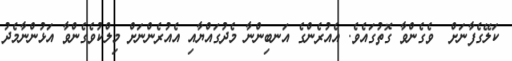
ކަލޭގެފާނަށް  ވެގެންވާ ގޮތުގައެވެ. އެއުރެންގެ އަނބިންނާ މެދުގައްޔާއި އެއުރެންނަށް މިލްކުވެގެންވާ އަޅުންނާމެދު